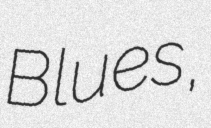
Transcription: Blues,